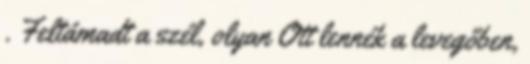
. Feltámadt a szél, olyan Ott lennék a levegőben,